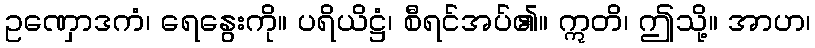
ဥဏှောဒကံ၊ ရေနွေးကို။ ပရိယိဋ္ဌံ၊ စီရင်အပ်၏။ ဣတိ၊ ဤသို့။ အာဟ၊